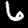
Label: 6